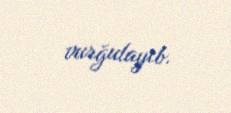
vurğulayıb.